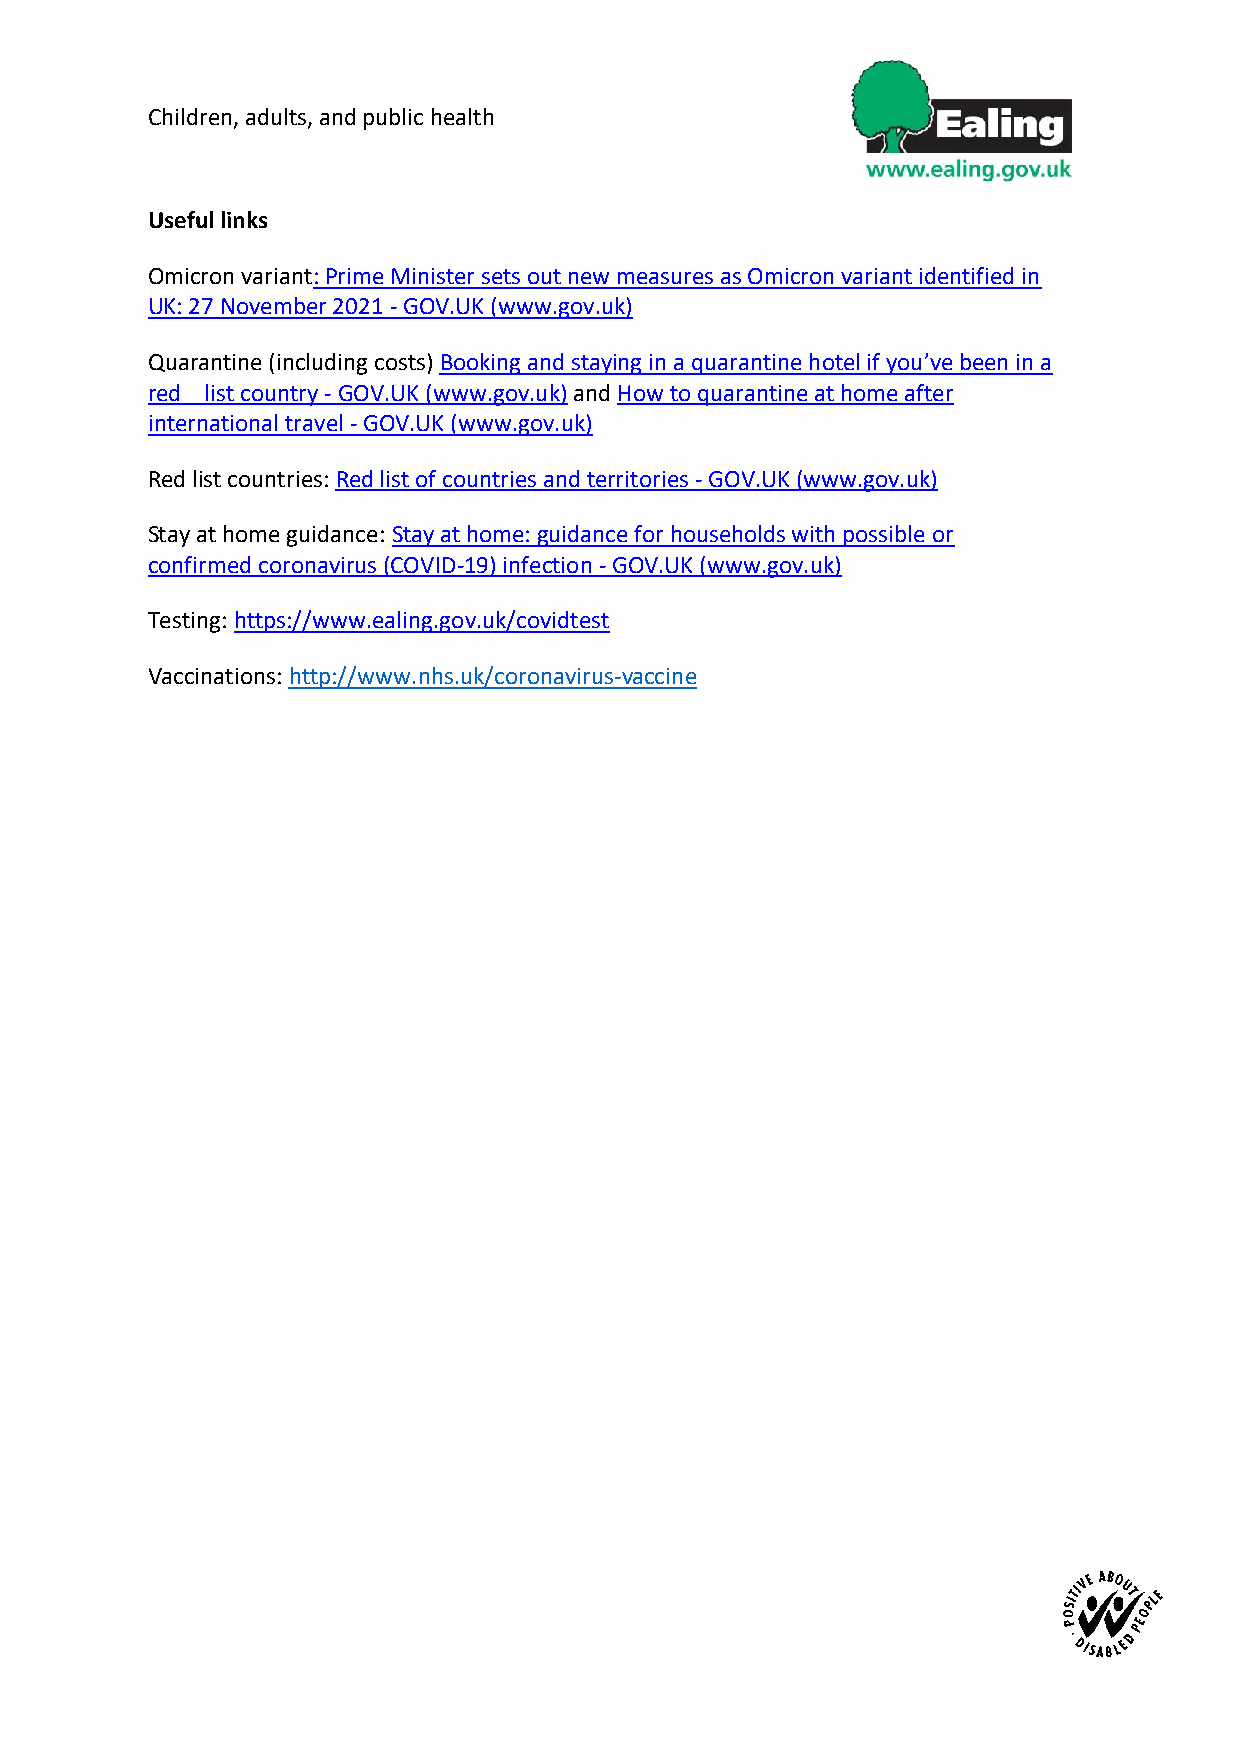
Children, adults, and public health
 Useful links
 Omicron variant: Prime Minister sets out new measures as Omicron variant identified in
 UK: 27 November 2021 - GOV.UK (www.gov.uk)
 Quarantine (including costs) Booking and staying in a quarantine hotel if you’ve been in a
 red list country - GOV.UK (www.gov.uk) and How to quarantine at home after
 international travel - GOV.UK (www.gov.uk)
 Red list countries: Red list of countries and territories - GOV.UK (www.gov.uk)
 Stay at home guidance: Stay at home: guidance for households with possible or
 confirmed coronavirus (COVID-19) infection - GOV.UK (www.gov.uk)
 Testing: https://www.ealing.gov.uk/covidtest
 Vaccinations: http://www.nhs.uk/coronavirus-vaccine